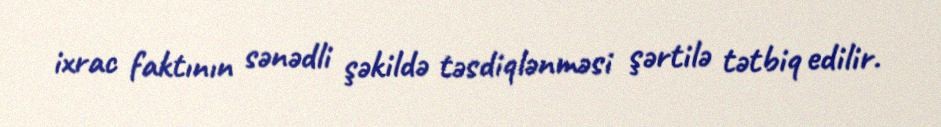
ixrac faktının sənədli şəkildə təsdiqlənməsi şərtilə tətbiq edilir.